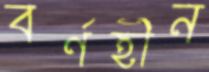
বর্ণহীন